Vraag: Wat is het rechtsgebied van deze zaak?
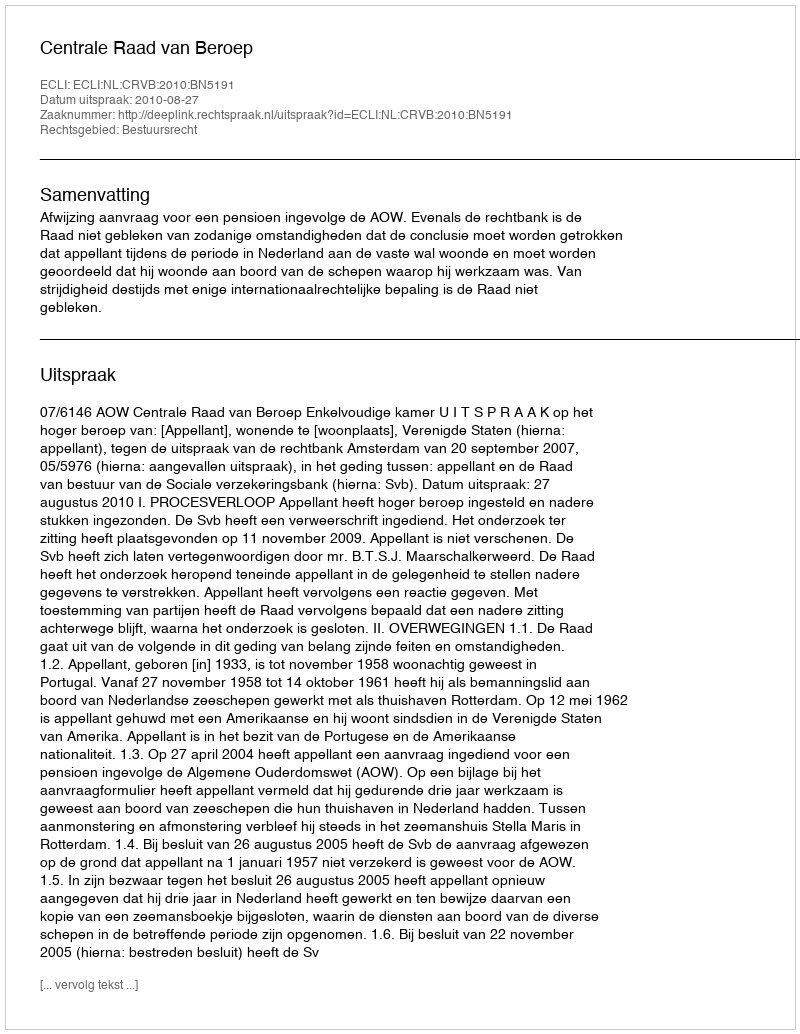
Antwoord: Bestuursrecht